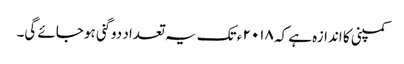
کمپنی کا اندازہ ہے کہ ۲۰۱۸ ء تک یہ تعداد دو گنی ہو جائے گی۔